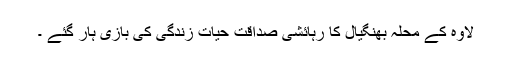
لاوہ کے محلہ بھنگیال کا رہائشی صداقت حیات زندگی کی بازی ہار گئے ۔